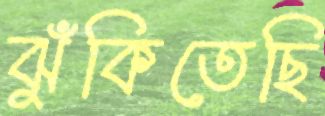
ঝুঁকিতেছি